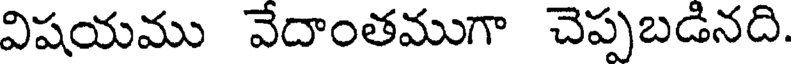
విషయము వేదాంతముగా చెప్పబడినది.